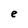
Character: e